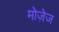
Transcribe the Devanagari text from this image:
मोज़ेज